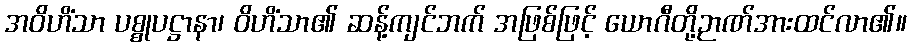
အဝိဟိံသာ ပစ္စုပဋ္ဌာနာ၊ ဝိဟိံသာ၏ ဆန့်ကျင်ဘက် အဖြစ်ဖြင့် ယောဂီတို့ဉာဏ်အားထင်လာ၏။